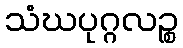
သံဃပုဂ္ဂလဉ္စ